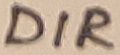
Text: DIR